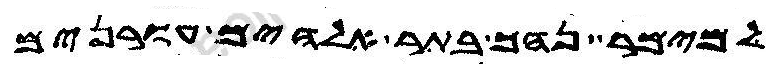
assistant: למימר נהך בתר אלהים עורנים